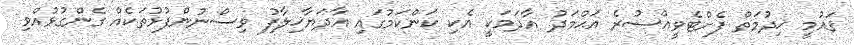
ޤައުމީ ޚިދުމަތް ފެށްޓެވީއްސުރެ އަޙްމަދު އާދަމަކީ އެކި ކަންކަމުގައި އާދަޔާޚިލާފު ވިސްނުންފުޅުތަކެއް ގެންގުޅުއްވި